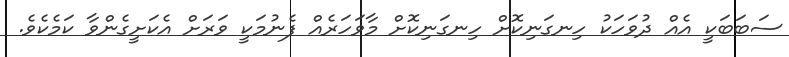
ސަބަބަކީ އެއް ދުވަހަކު ހިނގަނިކޮށް ހިނގަނިކޮށް މާވަހަރެއް ފެނުމަކީ ވަރަށް އެކަށީގެންވާ ކަމެކެވެ.